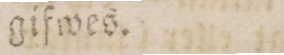
gifwes.